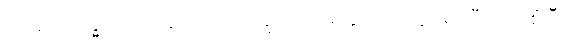
ကဿပဗုဒ္ဓဝံသအဖွင့်သည်။ ဣတိသမတ္တာ၊ ဤတွင်၍ ပြီးပြည့်စုံပြီ။